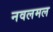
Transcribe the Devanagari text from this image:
नवलमल